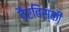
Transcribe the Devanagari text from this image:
वैरबिंस्की